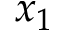
x _ { 1 }